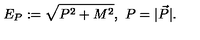
\ E _ { P } : = \sqrt { P ^ { 2 } + M ^ { 2 } } , \ P = | \vec { P } | .